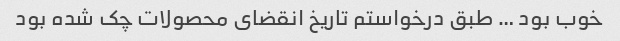
خوب بود … طبق درخواستم تاریخ انقضای محصولات چک شده بود